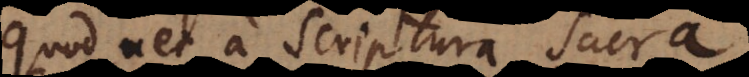
quod nec a Scriptura Sacra